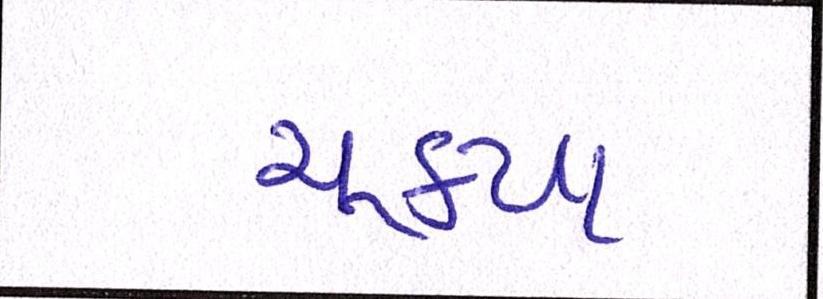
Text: ચૂક્યા